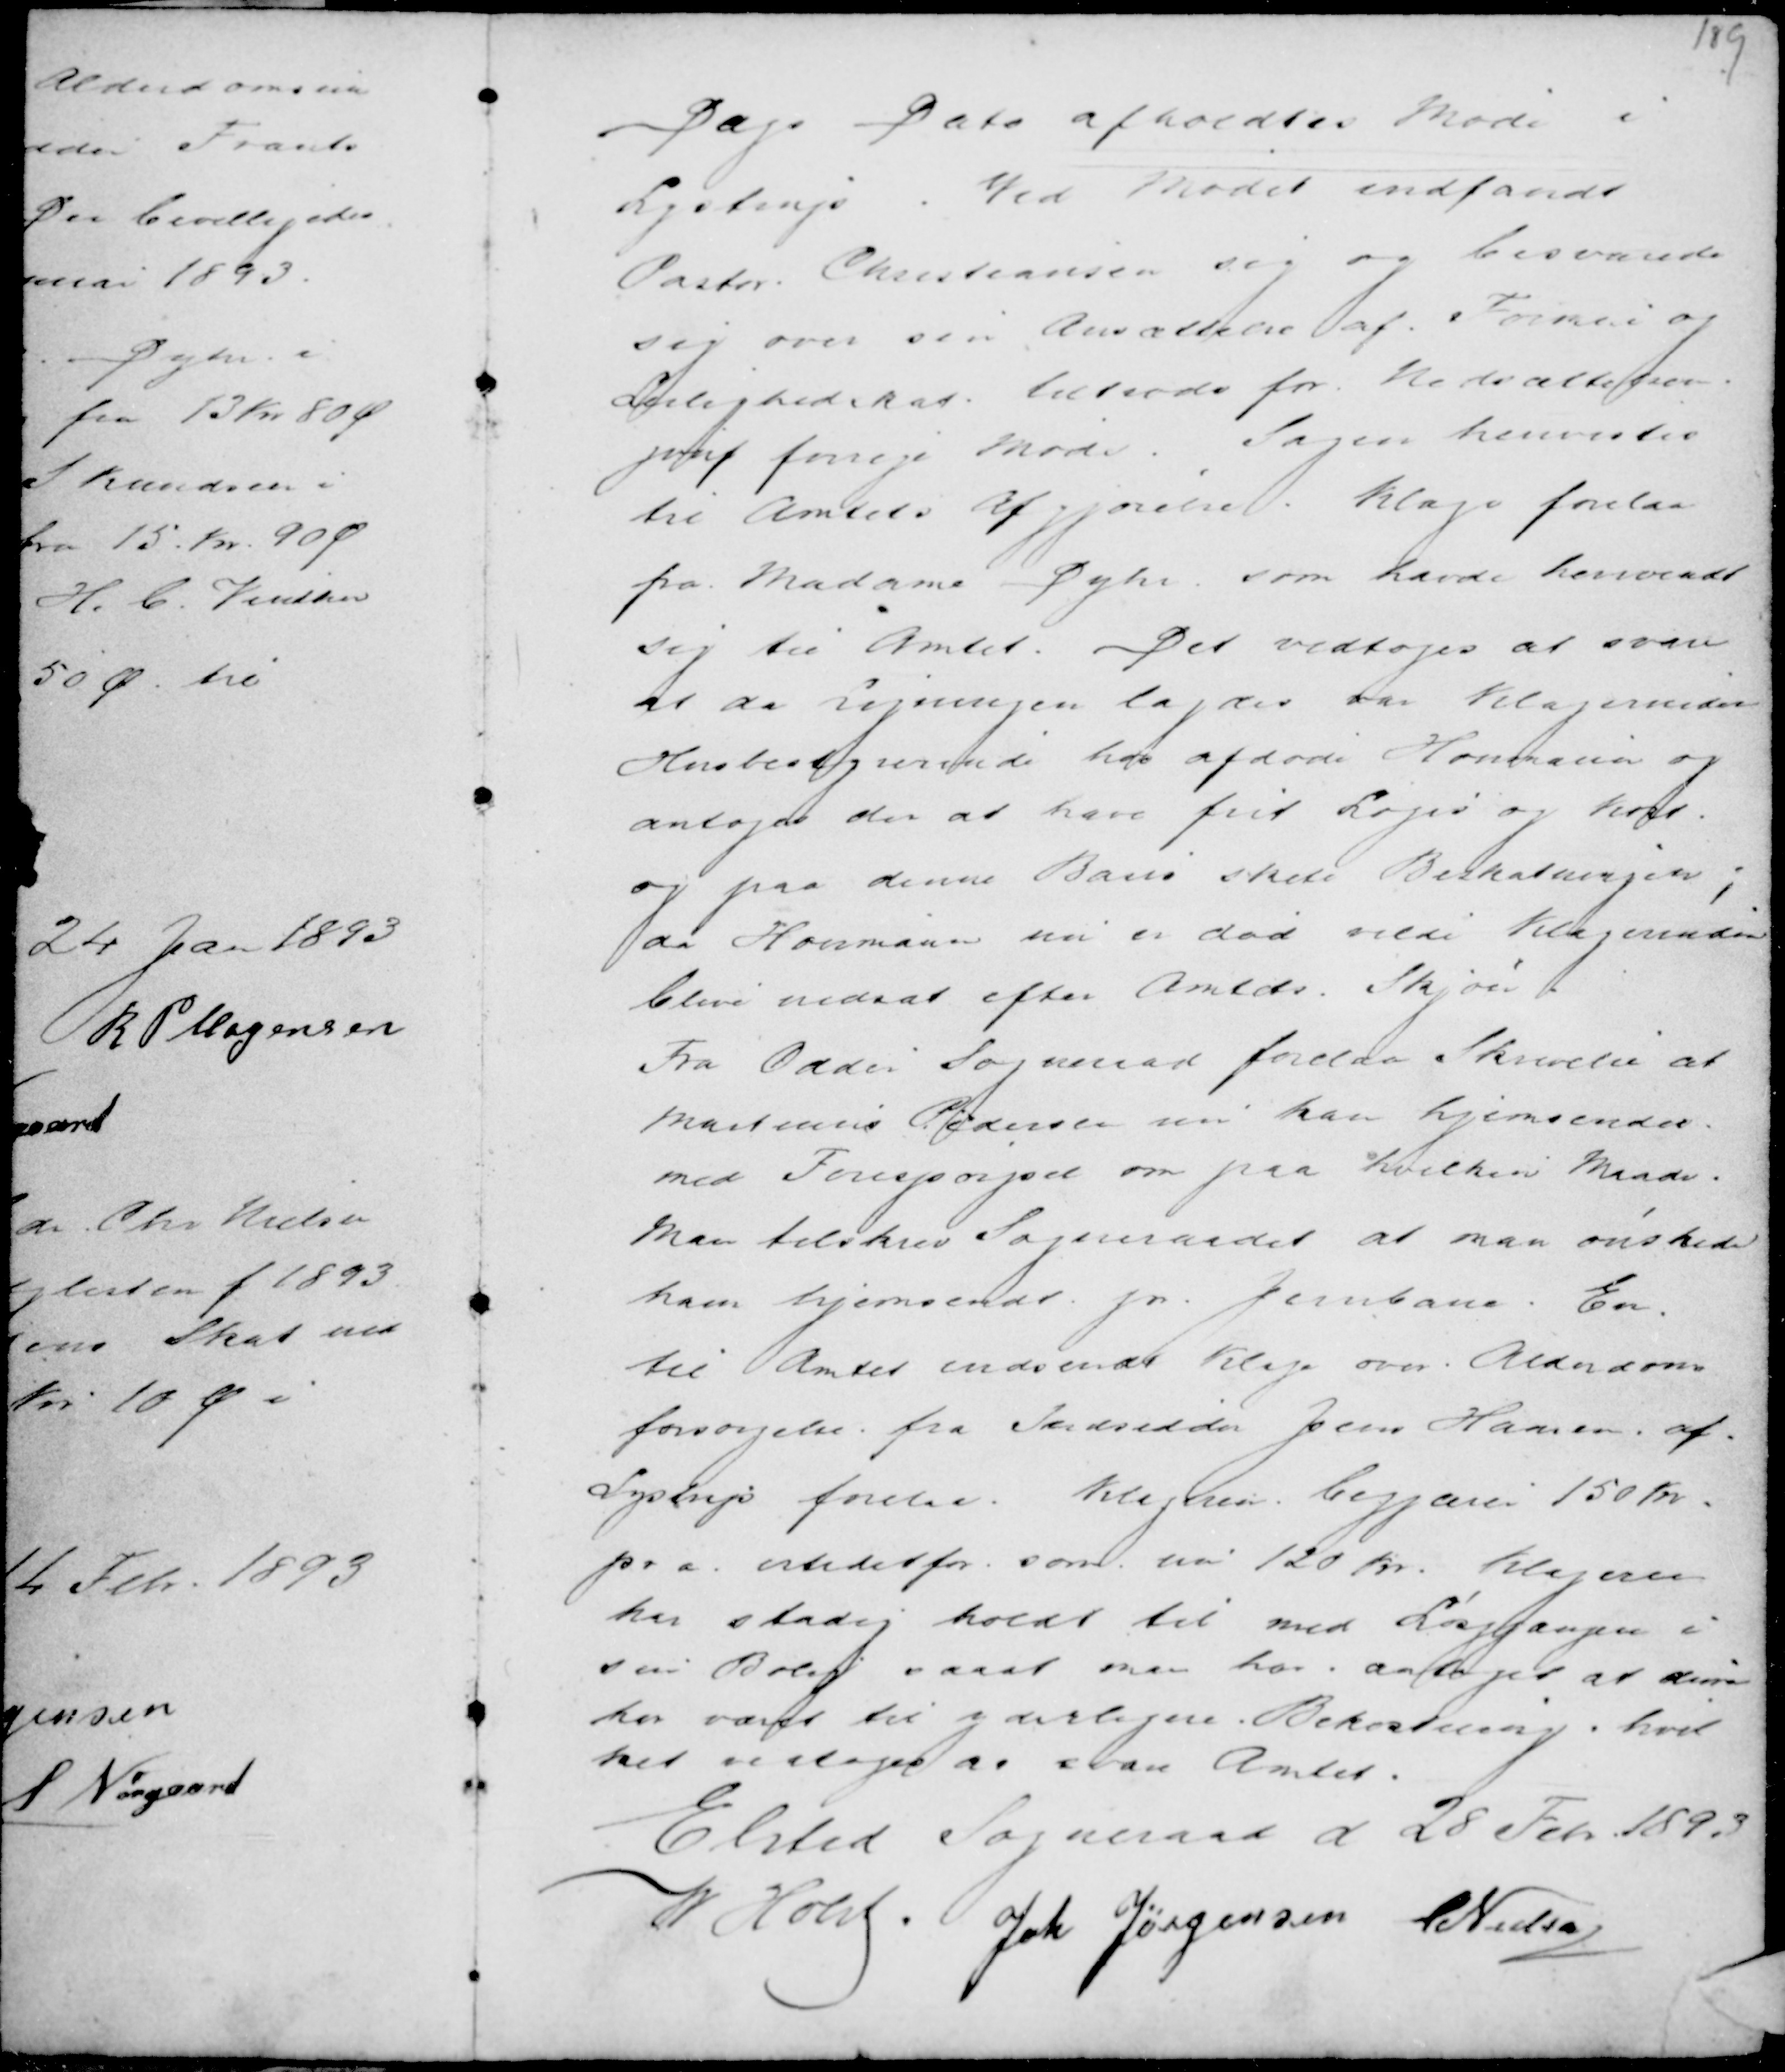
Transskription:
Dags Dato afholdtes Møde i
Lystrup. Ved Mødet indfandt
Pastor Christiansen sig og besvarede
sig over sin Ansættelse af Formue og
Lejlighedsskat. Tiltrods for Nedsættelsen.
jvnf forrige Møde. Sagen henvistes
til Amtets Afgjørelse. Klage forelaa
fra Madame Dyhr som havde henvendt
sig til Amtet. Det vedtoges at svare
at da Ligningen lagdes var Klagerinden
Husbestyrerinde hos afdøde Houmann og
antages der at have frit Logi og Kost
og paa denne Basis skete Beskatningen;
da Houmann nu er død vilde Klagerinden
blive nedsat efter Amtets Skjøn.
Fra Odder Sogneraad forelaa Skrivelse at
Martinus Pedersen som kan hjemsendes
med Forespørgsel om paa hvilken Maade.
Man tilskrev Sogneraadet at man ønskede
ham hjemsendt pr Jernbane. En
til Amtet indsendt Klage om Alderdoms
forsørgelse fra Skrædder Jens Hansen af
Lystrup forelaa. Klageren begjærer 150 Kr.
pr a. istedetfor som nu 120 Kr. Klageren
har stadig holdt til med Løsgjængeri i
sin Bolig saaat man har antaget at denne
har været til yderligere Bekostning, hvil
ket vedtoges at svare Amtet.
Elsted Sogneraad d 28 Feb. 1893
M Holst .
Joh Jørgensen C Nielsen